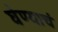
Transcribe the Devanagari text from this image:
घेण्याचं